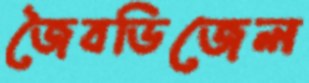
জৈবডিজেল